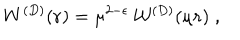
W ^ { ( { D } ) } ( { \bf r } ) = \mu ^ { 2 - \epsilon } \, { \mathcal W } ^ { ( { D } ) } ( \mu { \bf r } ) \; ,